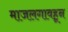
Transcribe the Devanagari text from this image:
माजलगावहून